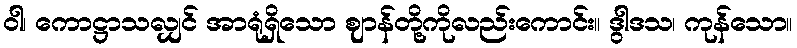
ဝါ၊ ကောဋ္ဌာသလျှင် အာရုံရှိသော ဈာန်တို့ကိုလည်းကောင်း။ ဒွါဒသ၊ ကုန်သော။